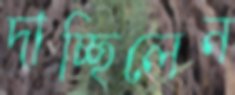
দাচ্ছিলেন